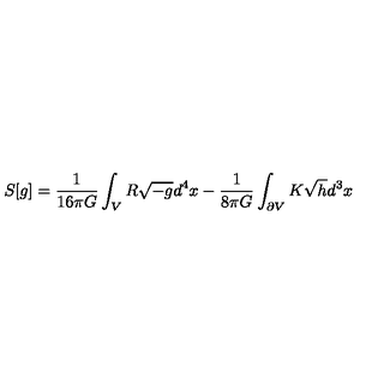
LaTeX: S [ g ] = \frac { 1 } { 1 6 \pi G } \int _ { V } R \sqrt { - g } d ^ { 4 } x - \frac { 1 } { 8 \pi G } \int _ { \partial V } K \sqrt { h } d ^ { 3 } x